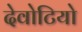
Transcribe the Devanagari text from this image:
देवोटियो